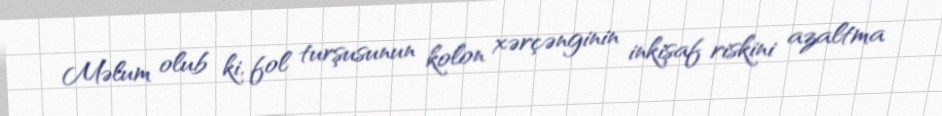
Məlum olub ki, fol turşusunun kolon xərçənginin inkişaf riskini azaltma